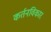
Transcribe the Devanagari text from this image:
कर्तनविकार